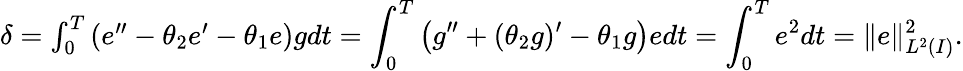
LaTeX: \begin{array}{r}{\delta=\int_{0}^{T}\left(e^{\prime\prime}-\theta_{2}e^{\prime}-\theta_{1}e\right)gdt=\displaystyle\int_{0}^{T}\left(g^{\prime\prime}+(\theta_{2}g)^{\prime}-\theta_{1}g\right)edt=\displaystyle\int_{0}^{T}e^{2}dt=\| e\| _{L^{2}(I)}^{2}.}\end{array}